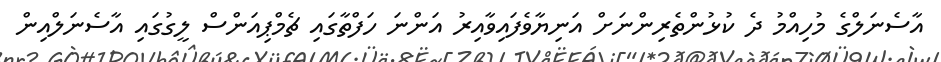
އާސެނަލްގެ މުހިއްމު ދެ ކުޅުންތެރިންނަށް އަނިޔާވެފައިވާއިރު އަންނަ ހަފްތާގައި ޗެމްޕިއަންސް ލީގުގައި އާސެނަލްއިން